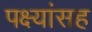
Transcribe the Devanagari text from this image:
पक्ष्यांसह